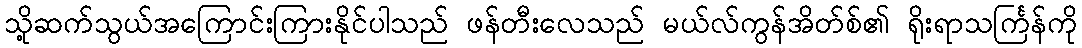
သို့ဆက်သွယ်အကြောင်းကြားနိုင်ပါသည် ဖန်တီးလေသည် မယ်လ်ကွန်အိတ်စ်၏ ရိုးရာသင်္ကြန်ကို